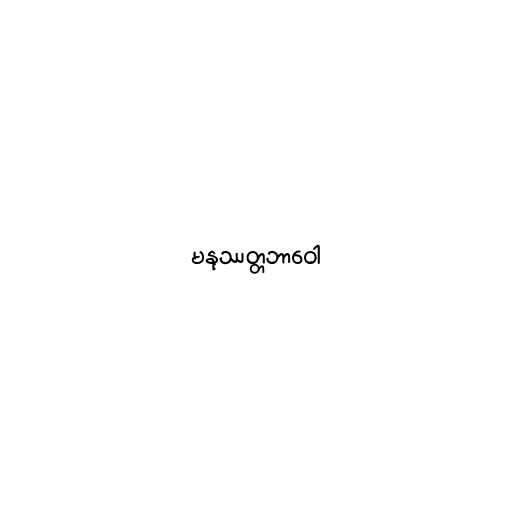
မနုဿတ္တဘာဝေါ